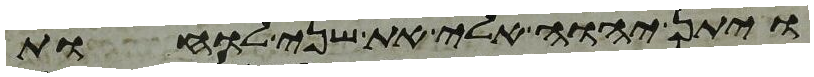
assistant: ויתן יהוה אלי את שני לוחת